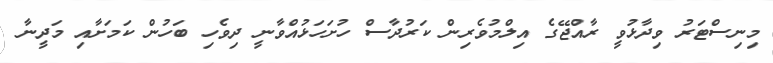
މިނިސްޓަރު ވިދާޅުވީ ރާއްޖޭގެ އިލްމުވެރިން ކަރުދާސް ހުށަހަޅުއްވާނީ ދިވެހި ބަހުން ކަމަށާއި މަދީނާ